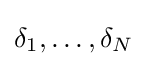
\delta _{1},\dots ,\delta _{N}